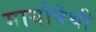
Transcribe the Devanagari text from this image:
मायोपेथी